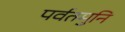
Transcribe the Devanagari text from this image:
पर्वतमुनि